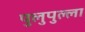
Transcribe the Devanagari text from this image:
पुलुपुल्ला